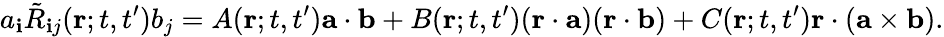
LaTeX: a_{\mathbf{i}}\tilde{{R}}_{\mathbf{i}j}({\mathbf{{r}}};t,t^{\prime})b_{j}=A({\mathbf{{r}}};t,t^{\prime}){\mathbf{{a}}}\cdot{\mathbf{{b}}}+B({\mathbf{{r}}};t,t^{\prime})({\mathbf{{r}}}\cdot{\mathbf{{a}}})({\mathbf{{r}}}\cdot{\mathbf{{b}}})+C({\mathbf{{r}}};t,t^{\prime}){\mathbf{{r}}}\cdot({\mathbf{{a}}}\times{\mathbf{{b}}}).